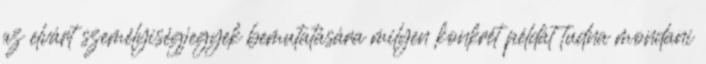
az elvárt személyiségjegyek bemutatására milyen konkrét példát tudna mondani